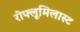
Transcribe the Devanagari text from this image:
रोफ्लूमिलास्ट